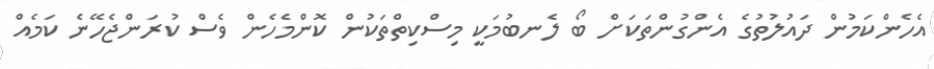
އެހެންކަމުން ދައުލުތުގެ އެންގުންތަކަށް ބޯ ލެނބުމަކީ މިސްކިތްތަކުން ކޮންމެހެން ވެސް ކުރަންޖެހޭނެ ކަމެއް